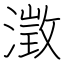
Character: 澂